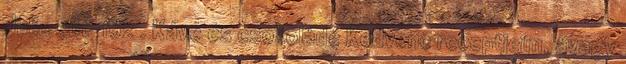
Julia süt-főz . Kávé és csokoládé Kedvenc receptjeim, avagy